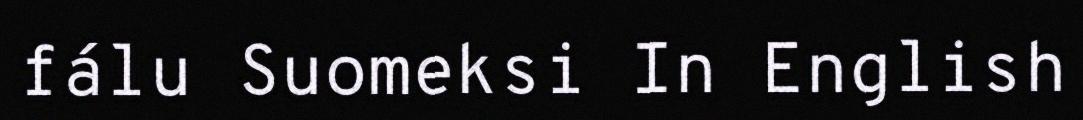
fálu Suomeksi In English